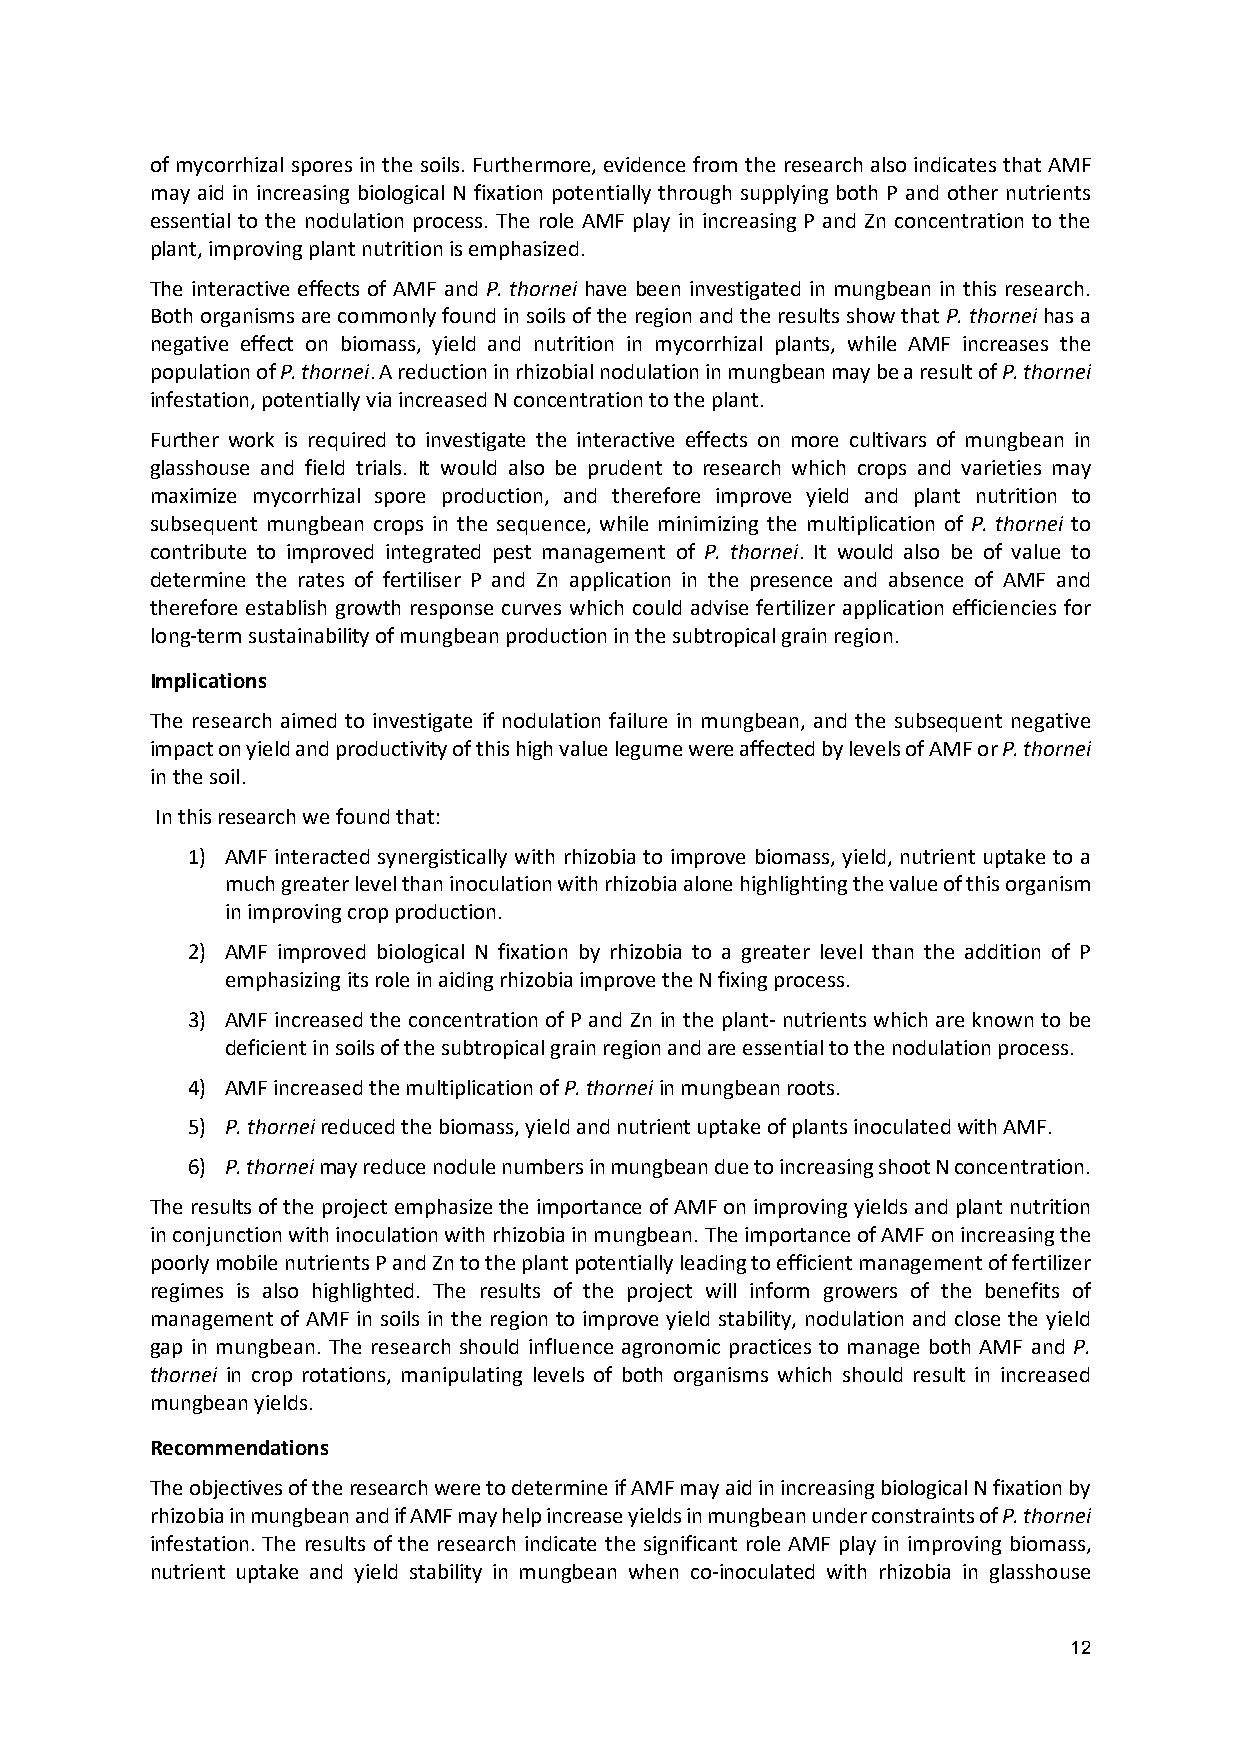
of mycorrhizal spores in the soils. Furthermore, evidence from the research also indicates that AMF
 may aid in increasing biological N fixation potentially through supplying both P and other nutrients
 essential to the nodulation process. The role AMF play in increasing P and Zn concentration to the
 plant, improving plant nutrition is emphasized.
 The interactive effects of AMF and P. thornei have been investigated in mungbean in this research.
 Both organisms are commonly found in soils of the region and the results show that P. thornei has a
 negative effect on biomass, yield and nutrition in mycorrhizal plants, while AMF increases the
 population of P. thornei. A reduction in rhizobial nodulation in mungbean may be a result of P. thornei
 infestation, potentially via increased N concentration to the plant.
 Further work is required to investigate the interactive effects on more cultivars of mungbean in
 glasshouse and field trials. It would also be prudent to research which crops and varieties may
 maximize mycorrhizal spore production, and therefore improve yield and plant nutrition to
 subsequent mungbean crops in the sequence, while minimizing the multiplication of P. thornei to
 contribute to improved integrated pest management of P. thornei. It would also be of value to
 determine the rates of fertiliser P and Zn application in the presence and absence of AMF and
 therefore establish growth response curves which could advise fertilizer application efficiencies for
 long-term sustainability of mungbean production in the subtropical grain region.
 Implications
 The research aimed to investigate if nodulation failure in mungbean, and the subsequent negative
 impact on yield and productivity of this high value legume were affected by levels of AMF or P. thornei
 in the soil.
 In this research we found that:
 1) AMF interacted synergistically with rhizobia to improve biomass, yield, nutrient uptake to a
 much greater level than inoculation with rhizobia alone highlighting the value of this organism
 in improving crop production.
 2) AMF improved biological N fixation by rhizobia to a greater level than the addition of P
 emphasizing its role in aiding rhizobia improve the N fixing process.
 3) AMF increased the concentration of P and Zn in the plant- nutrients which are known to be
 deficient in soils of the subtropical grain region and are essential to the nodulation process.
 4) AMF increased the multiplication of P. thornei in mungbean roots.
 5) P. thornei reduced the biomass, yield and nutrient uptake of plants inoculated with AMF.
 6) P. thornei may reduce nodule numbers in mungbean due to increasing shoot N concentration.
 The results of the project emphasize the importance of AMF on improving yields and plant nutrition
 in conjunction with inoculation with rhizobia in mungbean. The importance of AMF on increasing the
 poorly mobile nutrients P and Zn to the plant potentially leading to efficient management of fertilizer
 regimes is also highlighted. The results of the project will inform growers of the benefits of
 management of AMF in soils in the region to improve yield stability, nodulation and close the yield
 gap in mungbean. The research should influence agronomic practices to manage both AMF and P.
 thornei in crop rotations, manipulating levels of both organisms which should result in increased
 mungbean yields.
 Recommendations
 The objectives of the research were to determine if AMF may aid in increasing biological N fixation by
 rhizobia in mungbean and if AMF may help increase yields in mungbean under constraints of P. thornei
 infestation. The results of the research indicate the significant role AMF play in improving biomass,
 nutrient uptake and yield stability in mungbean when co-inoculated with rhizobia in glasshouse
 12